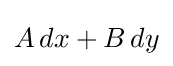
A\,dx+B\,dy